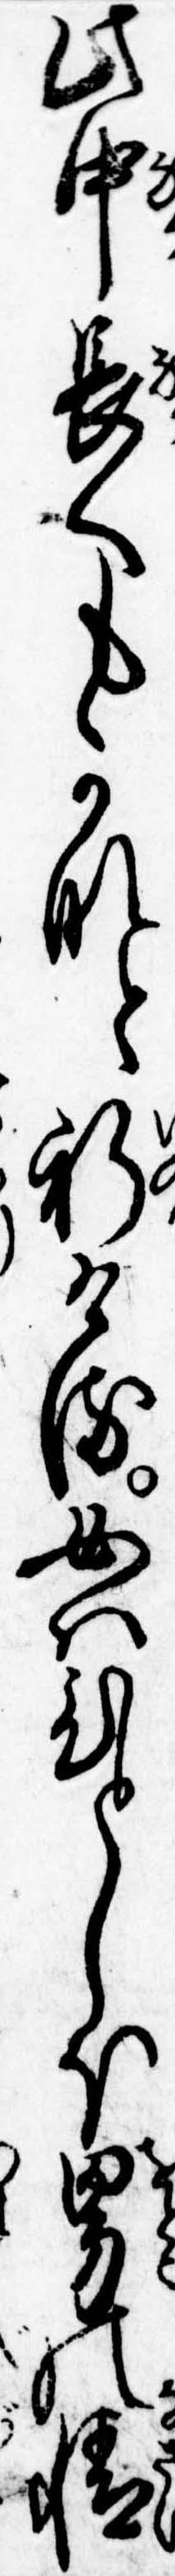
此中長くもかなと祈ける女はひとしほ男の情